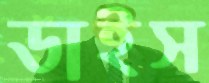
ডাইস